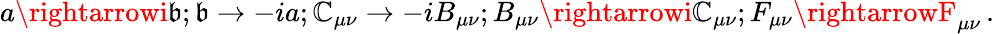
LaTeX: a\rightarrowi\mathfrak{b};\mathfrak{b}\rightarrow-ia;\mathbb{C}_{\mu\nu}\rightarrow-iB_{\mu\nu};B_{\mu\nu}\rightarrowi\mathbb{C}_{\mu\nu};F_{\mu\nu}\rightarrowF_{\mu\nu}\, .